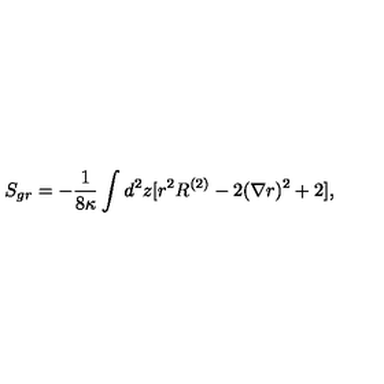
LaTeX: S _ { g r } = - { \frac { 1 } { 8 \kappa } } \int _ { } ^ { } d ^ { 2 } z [ r ^ { 2 } R ^ { ( 2 ) } - 2 ( \nabla r ) ^ { 2 } + 2 ] ,